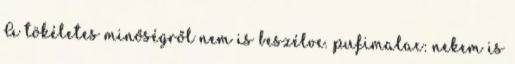
A tökéletes minőségről nem is beszélve. pufimalac: nekem is